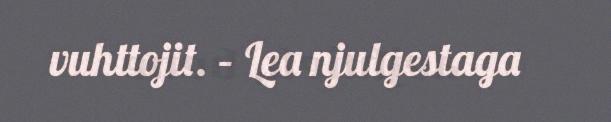
vuhttojit. – Lea njulgestaga